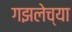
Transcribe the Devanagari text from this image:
गझलेच्या